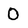
Character: O